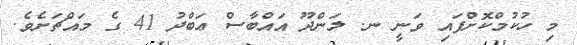
މި ހުކުމްކޮށްފައި ވަނީ ނ. ލަންދޫ އައްބާސް ޢަބްދު 41 ގެ މައްޗަށެވެ.